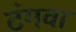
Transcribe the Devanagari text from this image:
टंगवा